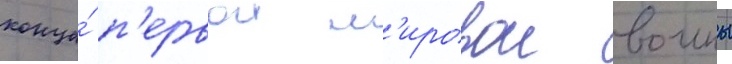
конца́ п'ервои м'ировои воины